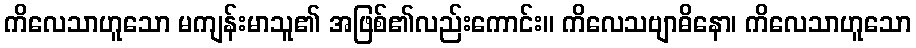
ကိလေသာဟူသော မကျန်းမာသူ၏ အဖြစ်၏လည်းကောင်း။ ကိလေသဗျာဓိနော၊ ကိလေသာဟူသော